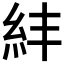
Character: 𥾫